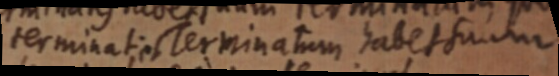
terminat et Terminatum habet sunti